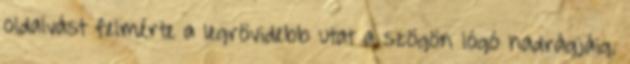
oldalvást felmérte a legrövidebb utat a szögön lógó nadrágjáig.